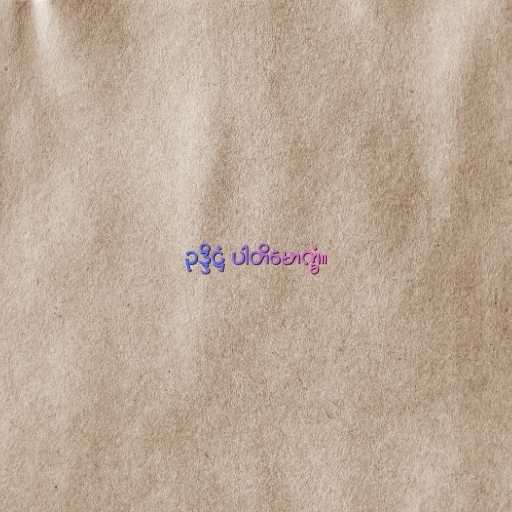
ဥဒ္ဒိဋ္ဌံ ပါတိမောက္ခံ။